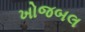
ખોજબલ